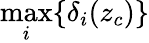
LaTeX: \operatorname*{max}_{i}\{ \delta_{i}(z_{c})\}